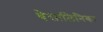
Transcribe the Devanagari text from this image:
थेसालिनिका